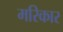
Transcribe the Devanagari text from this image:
मरिकार